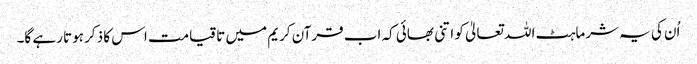
اُن کی یہ شرماہٹ اللہ تعالیٰ کو اتنی بھائی کہ اب قرآن کریم میں تا قیامت اس کا ذکر ہوتا رہے گا۔